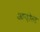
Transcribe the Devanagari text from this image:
आन्होल्ट